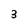
Character: 3